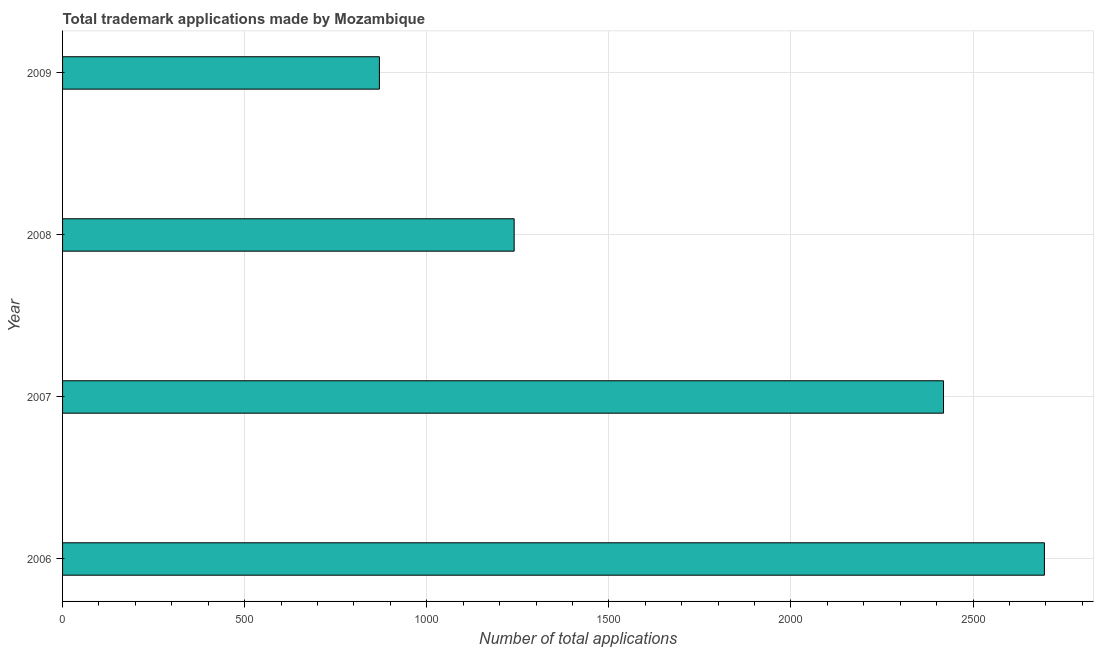
| Year | Trademark applications |
 | --- | --- |
 | 2006 | 2.7e+03 |
 | 2007 | 2.42e+03 |
 | 2008 | 1.24e+03 |
 | 2009 | 870 |